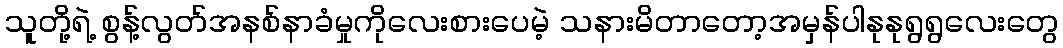
သူတို့ရဲ့ စွန့်လွတ်အနစ်နာခံမှုကိုလေးစားပေမဲ့ သနားမိတာတော့အမှန်ပါနုနုရွရွလေးတွေ